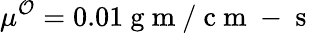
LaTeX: \mu^{\mathcal{O}}=0.01\mathrm{~g~m~/~c~m~-~s~}